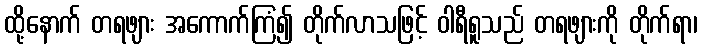
ထို့နောက် တရဖျား အကောက်ကြံ၍ တိုက်လာသဖြင့် ဝါရီရူသည် တရဖျားကို တိုက်ရာ၊